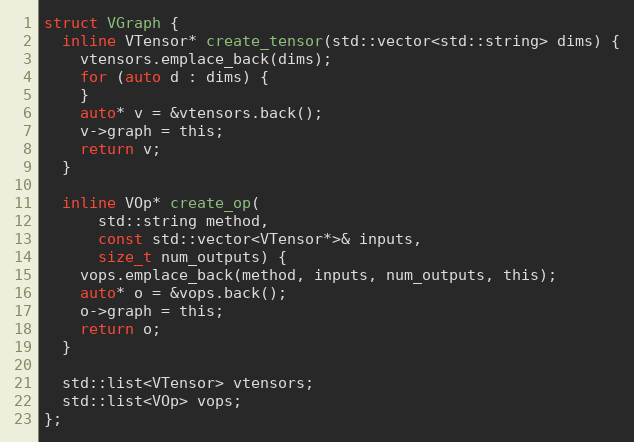
Language: C
struct VGraph {
  inline VTensor* create_tensor(std::vector<std::string> dims) {
    vtensors.emplace_back(dims);
    for (auto d : dims) {
    }
    auto* v = &vtensors.back();
    v->graph = this;
    return v;
  }

  inline VOp* create_op(
      std::string method,
      const std::vector<VTensor*>& inputs,
      size_t num_outputs) {
    vops.emplace_back(method, inputs, num_outputs, this);
    auto* o = &vops.back();
    o->graph = this;
    return o;
  }

  std::list<VTensor> vtensors;
  std::list<VOp> vops;
};